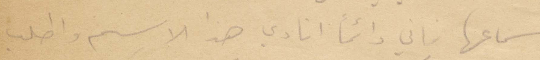
سماعها فإني دائمًأ انادي هذا الاسم واطلب